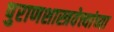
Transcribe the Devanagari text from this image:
पुराणशास्त्रवेत्त्यांच्या